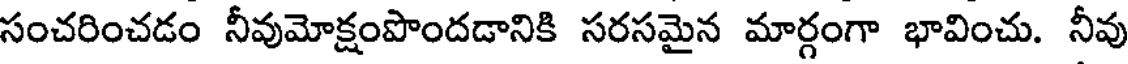
సంచరించడం నీవుమోక్షంపొందడానికి సరసమైన మార్గంగా భావించు. నీవు